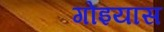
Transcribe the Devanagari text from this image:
गोइयास